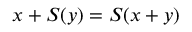
x + S ( y ) = S ( x + y )